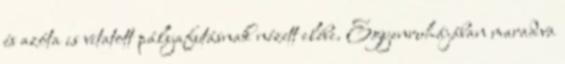
és azóta is vitatott pályafutásnak nézett elébe. Egyenruhájában maradva